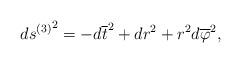
LaTeX: \begin{align*}{ds^{(3)}}^2 = - d\overline{t}^2 + dr^2 + r^2 d\overline\varphi^2, \end{align*}